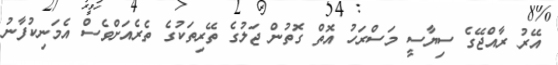
އޭރު ރާއްޖޭގެ ސިޔާސީ މަސްރަހު އޮތް ގޮތުން ޖަލުގެ ތޭރިތަކުގެ ތެރެއަށްވެސް އެމަނިކުފާނު